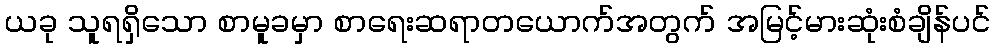
ယခု သူရရှိသော စာမူခမှာ စာရေးဆရာတယောက်အတွက် အမြင့်မားဆုံးစံချိန်ပင်